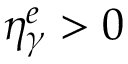
\eta _ { \gamma } ^ { e } > 0